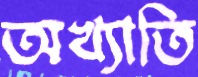
অখ্যাতি